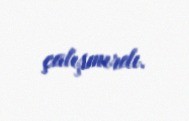
çalışmırdı.